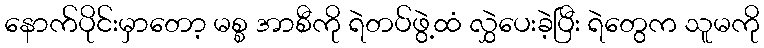
နောက်ပိုင်းမှာတော့ မစ္စ အာစီကို ရဲတပ်ဖွဲ့ထံ လွှဲပေးခဲ့ပြီး ရဲတွေက သူမကို